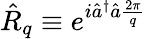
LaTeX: \hat{R}_{q}\equiv e^{i\hat{a}^{\dagger}\hat{a}\frac{2\pi}{q}}